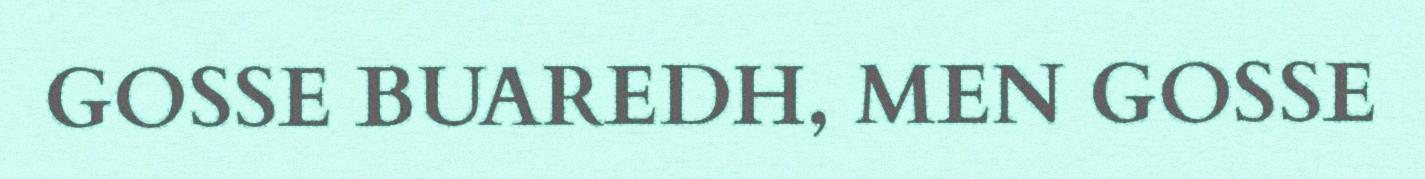
GOSSE BUAREDH, MEN GOSSE